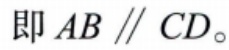
即 \(AB \parallel CD\)。